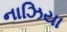
નાઝિયા